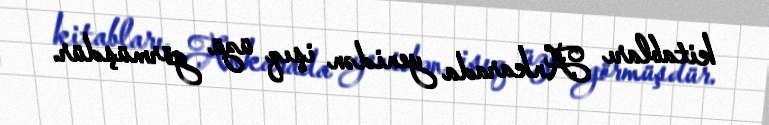
kitabları Ankarada yenidən işıq üzü görmüşdür.